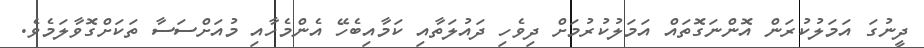
ދީނުގަ އަމަލުކުރަން އޮންނަގޮތައް އަމަލުކުރުމަށް ދިވެހި ދައުލަތާއި ކަމާއިބެހޭ އެންމެހާއި މުއަށްސަސާ ތަކަށްގޮވާލަމެވެ.